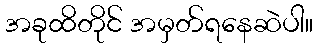
အခုထိတိုင် အမှတ်ရနေဆဲပါ။